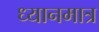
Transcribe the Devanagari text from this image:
ध्यानमात्र